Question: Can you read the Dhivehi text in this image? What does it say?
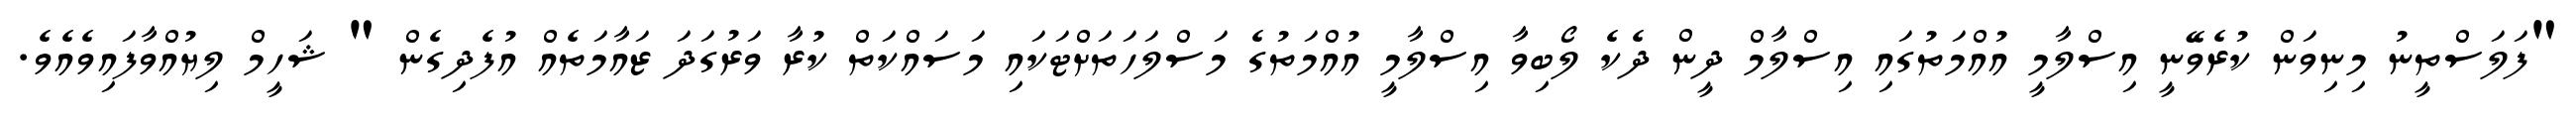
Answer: "ފަލަސްތީނު މިނިވަން ކުރެވޭނީ އިސްލާމީ އުއްމަތުގައި އިސްލާމް ދީން ދެކެ ލޯބިވާ އިސްލާމީ އުއްމަތުގެ މަސްލަހަތަށްޓަކައި މަސައްކަތް ކުރާ ވަރުގަދަ ޒައާމަތެއް އުފެދިގެން " ޝަހީމް ލިޔުއްވާފައިވެއެވެ.